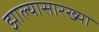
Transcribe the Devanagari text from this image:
झाल्यासारख्या